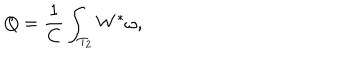
Q = \frac { 1 } { C } \int _ { T _ { 2 } } W ^ { * } \omega ,